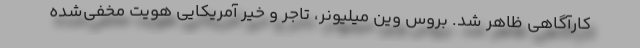
کارآگاهی ظاهر شد. بروس وین میلیونر، تاجر و خیر آمریکایی هویت مخفی‌شده